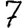
Digit: 7